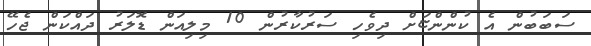
ސަބަބުން އެ ކުންންޏަށް ދިވެހި ސަރުކާރުން 10 މިލިއަން ޑޮލަރު ދައްކަން ޖެހޭ